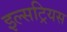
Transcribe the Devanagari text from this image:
इल्सट्रियस